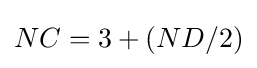
NC=3+(ND/2)